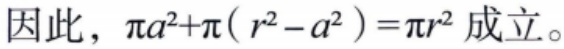
因此，\(\pi a^{2}+\pi(r^{2}-a^{2})=\pi r^{2}\) 成立。